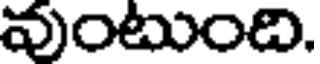
వుంటుంది.